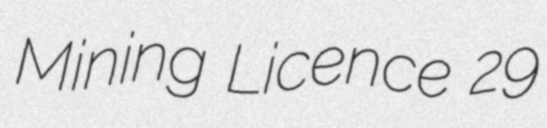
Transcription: Mining Licence 29